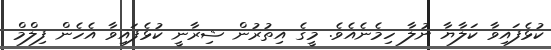
ކުޅެފައިވާ ކަލާޔާ ނުލާ ހިމެނެއެވެ. މީގެ އިތުރުން ޝިރާނީ ކުޅެފައިވާ އެހެން ފިލްމް